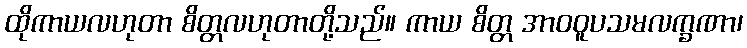
ထိုကာယလဟုတာ စိတ္တလဟုတာတို့သည်။ ကာယ စိတ္တ အာဝဝူပသမလက္ခဏာ၊